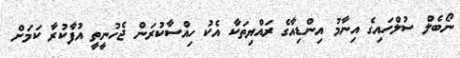
ނޯބެލް ސުލްހައިގެ އިނާމު އިންޑިއާގެ ރައްޔިތަކާ އެކު ހިއްސާކުރަން ޖެހުނީތީ އުފާކުރާ ކަމަށް